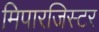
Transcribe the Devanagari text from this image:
मिपारजिस्टर